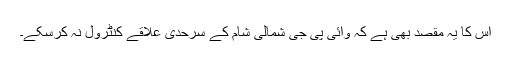
اس کا یہ مقصد بھی ہے کہ وائی پی جی شمالی شام کے سرحدی علاقے کنٹرول نہ کرسکے۔